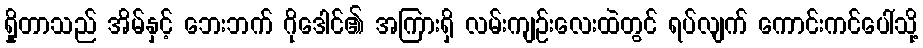
ရှိုတာသည် အိမ်နှင့် ဘေးဘက် ဂိုဒေါင်၏ အကြားရှိ လမ်းကျဉ်းလေးထဲတွင် ရပ်လျက် ကောင်းကင်ပေါ်သို့